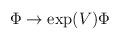
LaTeX: \begin{align*}\Phi \rightarrow \exp(V)\Phi\end{align*}